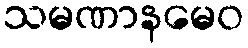
သမဏာနမေဝ